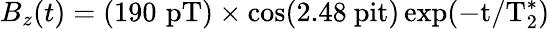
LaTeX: B_{z}(t)=(190\, \, \mathrm{pT)\times\cos(2.48\ pit)\exp(-t/T_{2}^{\ast})}